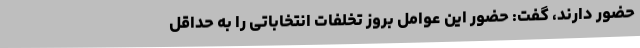
حضور دارند، گفت: حضور این عوامل بروز تخلفات انتخاباتی را به حداقل